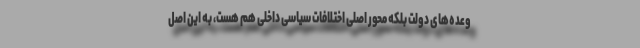
وعده‌های دولت بلکه محور اصلی اختلافات سیاسی داخلی هم هست، به این اصل